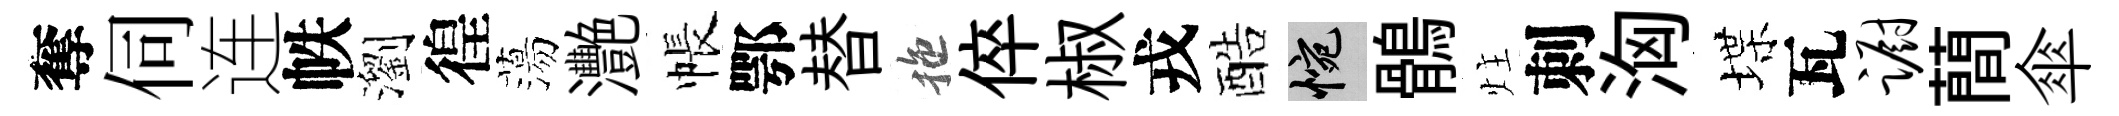
奪伺连帙瀏徨蕩灧帳鄂替拖倅椒戎酷惋鶻炷刺洶堞瓦蹰蕳傘